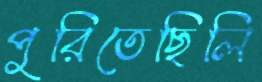
পুরিতেছিলি